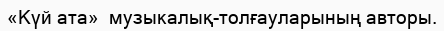
«Күй ата»  музыкалық-толғауларының авторы.